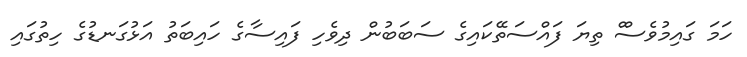
ހަމަ ގައިމުވެސްް ތިޔަ ފައްސަތޭކައިގެ ސަބަބުން ދިވެހި ފައިސާގެ ހައިބަތު އަޅުގަނޑުގެ ހިތުގައި